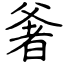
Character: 㸙